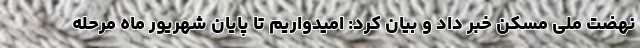
نهضت ملی مسکن خبر داد و بیان کرد: امیدواریم تا پایان شهریور ماه مرحله